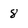
Character: 8